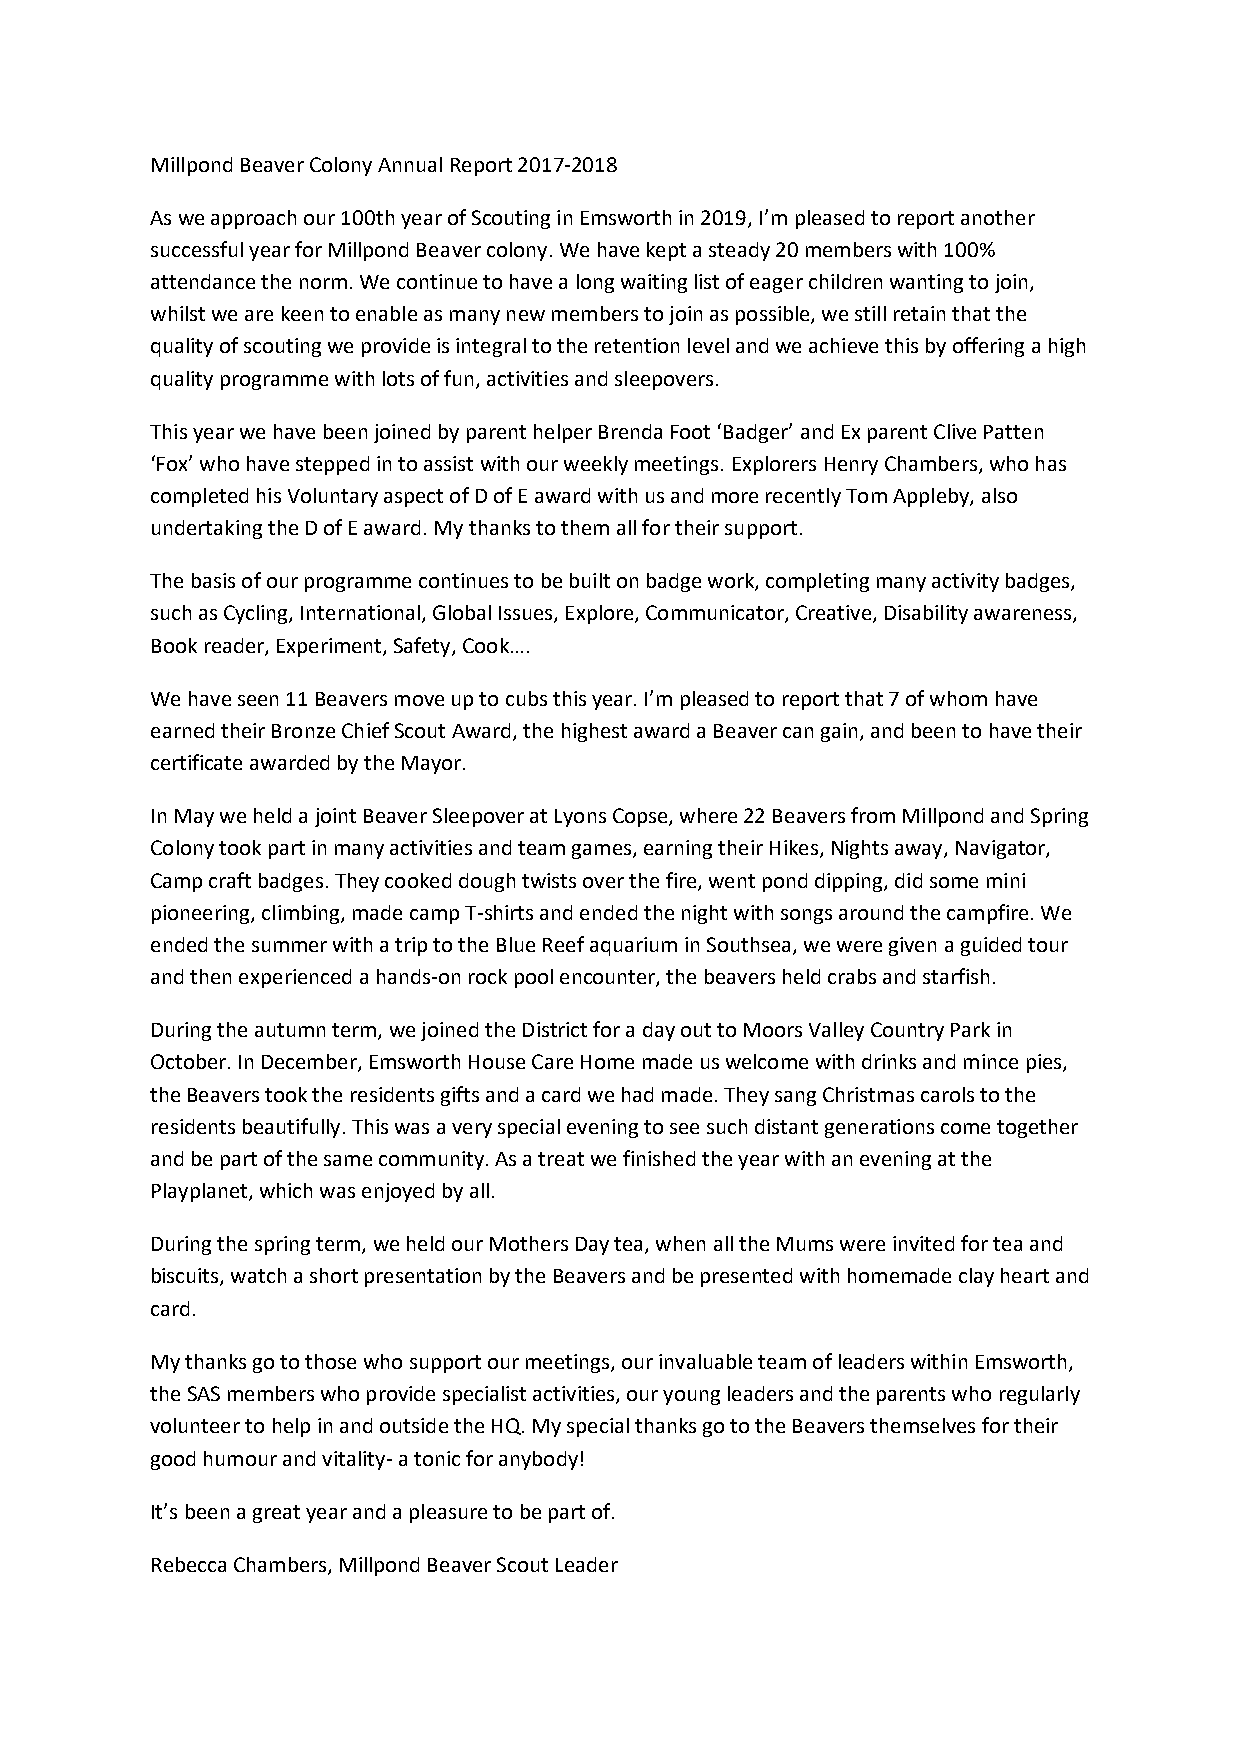
Millpond Beaver Colony Annual Report 2017-2018
 As we approach our 100th year of Scouting in Emsworth in 2019, I’m pleased to report another
 successful year for Millpond Beaver colony. We have kept a steady 20 members with 100%
 attendance the norm. We continue to have a long waiting list of eager children wanting to join,
 whilst we are keen to enable as many new members to join as possible, we still retain that the
 quality of scouting we provide is integral to the retention level and we achieve this by offering a high
 quality programme with lots of fun, activities and sleepovers.
 This year we have been joined by parent helper Brenda Foot ‘Badger’ and Ex parent Clive Patten
 ‘Fox’ who have stepped in to assist with our weekly meetings. Explorers Henry Chambers, who has
 completed his Voluntary aspect of D of E award with us and more recently Tom Appleby, also
 undertaking the D of E award. My thanks to them all for their support.
 The basis of our programme continues to be built on badge work, completing many activity badges,
 such as Cycling, International, Global Issues, Explore, Communicator, Creative, Disability awareness,
 Book reader, Experiment, Safety, Cook….
 We have seen 11 Beavers move up to cubs this year. I’m pleased to report that 7 of whom have
 earned their Bronze Chief Scout Award, the highest award a Beaver can gain, and been to have their
 certificate awarded by the Mayor.
 In May we held a joint Beaver Sleepover at Lyons Copse, where 22 Beavers from Millpond and Spring
 Colony took part in many activities and team games, earning their Hikes, Nights away, Navigator,
 Camp craft badges. They cooked dough twists over the fire, went pond dipping, did some mini
 pioneering, climbing, made camp T-shirts and ended the night with songs around the campfire. We
 ended the summer with a trip to the Blue Reef aquarium in Southsea, we were given a guided tour
 and then experienced a hands-on rock pool encounter, the beavers held crabs and starfish.
 During the autumn term, we joined the District for a day out to Moors Valley Country Park in
 October. In December, Emsworth House Care Home made us welcome with drinks and mince pies,
 the Beavers took the residents gifts and a card we had made. They sang Christmas carols to the
 residents beautifully. This was a very special evening to see such distant generations come together
 and be part of the same community. As a treat we finished the year with an evening at the
 Playplanet, which was enjoyed by all.
 During the spring term, we held our Mothers Day tea, when all the Mums were invited for tea and
 biscuits, watch a short presentation by the Beavers and be presented with homemade clay heart and
 card.
 My thanks go to those who support our meetings, our invaluable team of leaders within Emsworth,
 the SAS members who provide specialist activities, our young leaders and the parents who regularly
 volunteer to help in and outside the HQ. My special thanks go to the Beavers themselves for their
 good humour and vitality- a tonic for anybody!
 It’s been a great year and a pleasure to be part of.
 Rebecca Chambers, Millpond Beaver Scout Leader